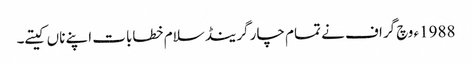
1988ء وچ گراف نے تمام چار گرینڈ سلام خطابات اپنے ناں کیتے۔